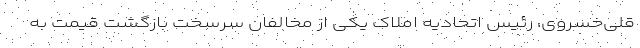
قلی‌خسروی، رئیس اتحادیه املاک یکی از مخالفان سرسخت بازگشت قیمت به